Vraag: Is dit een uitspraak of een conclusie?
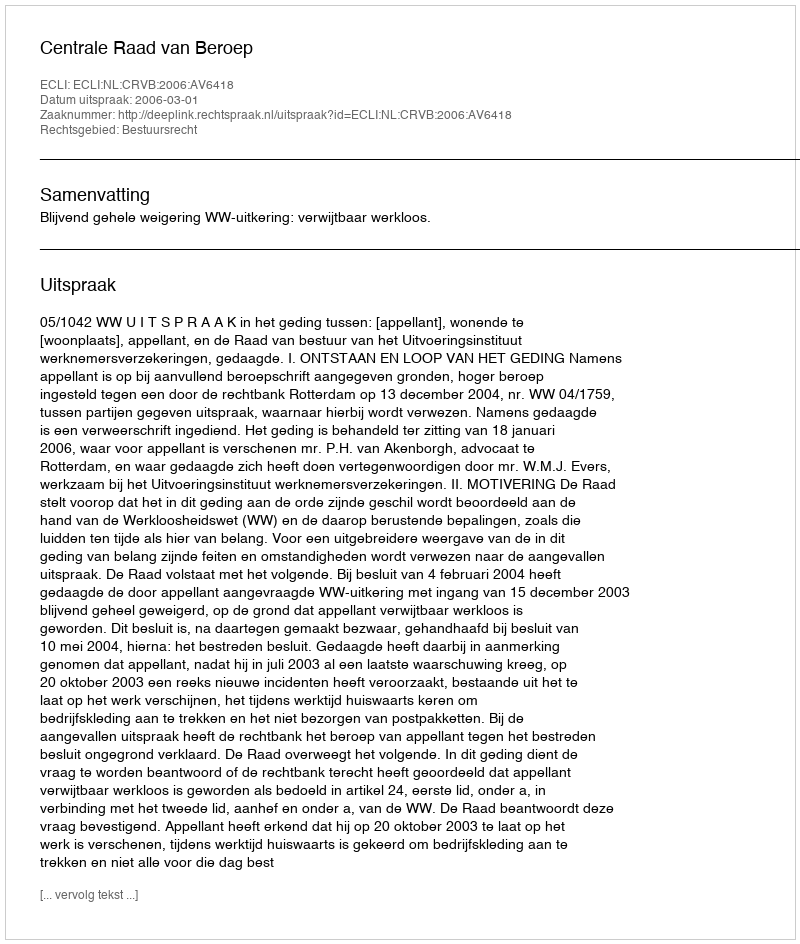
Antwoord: Uitspraak